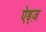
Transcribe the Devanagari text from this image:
ऐड्ज़